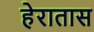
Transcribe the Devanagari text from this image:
हेरातास